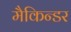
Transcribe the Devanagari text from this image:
मैकिन्डर